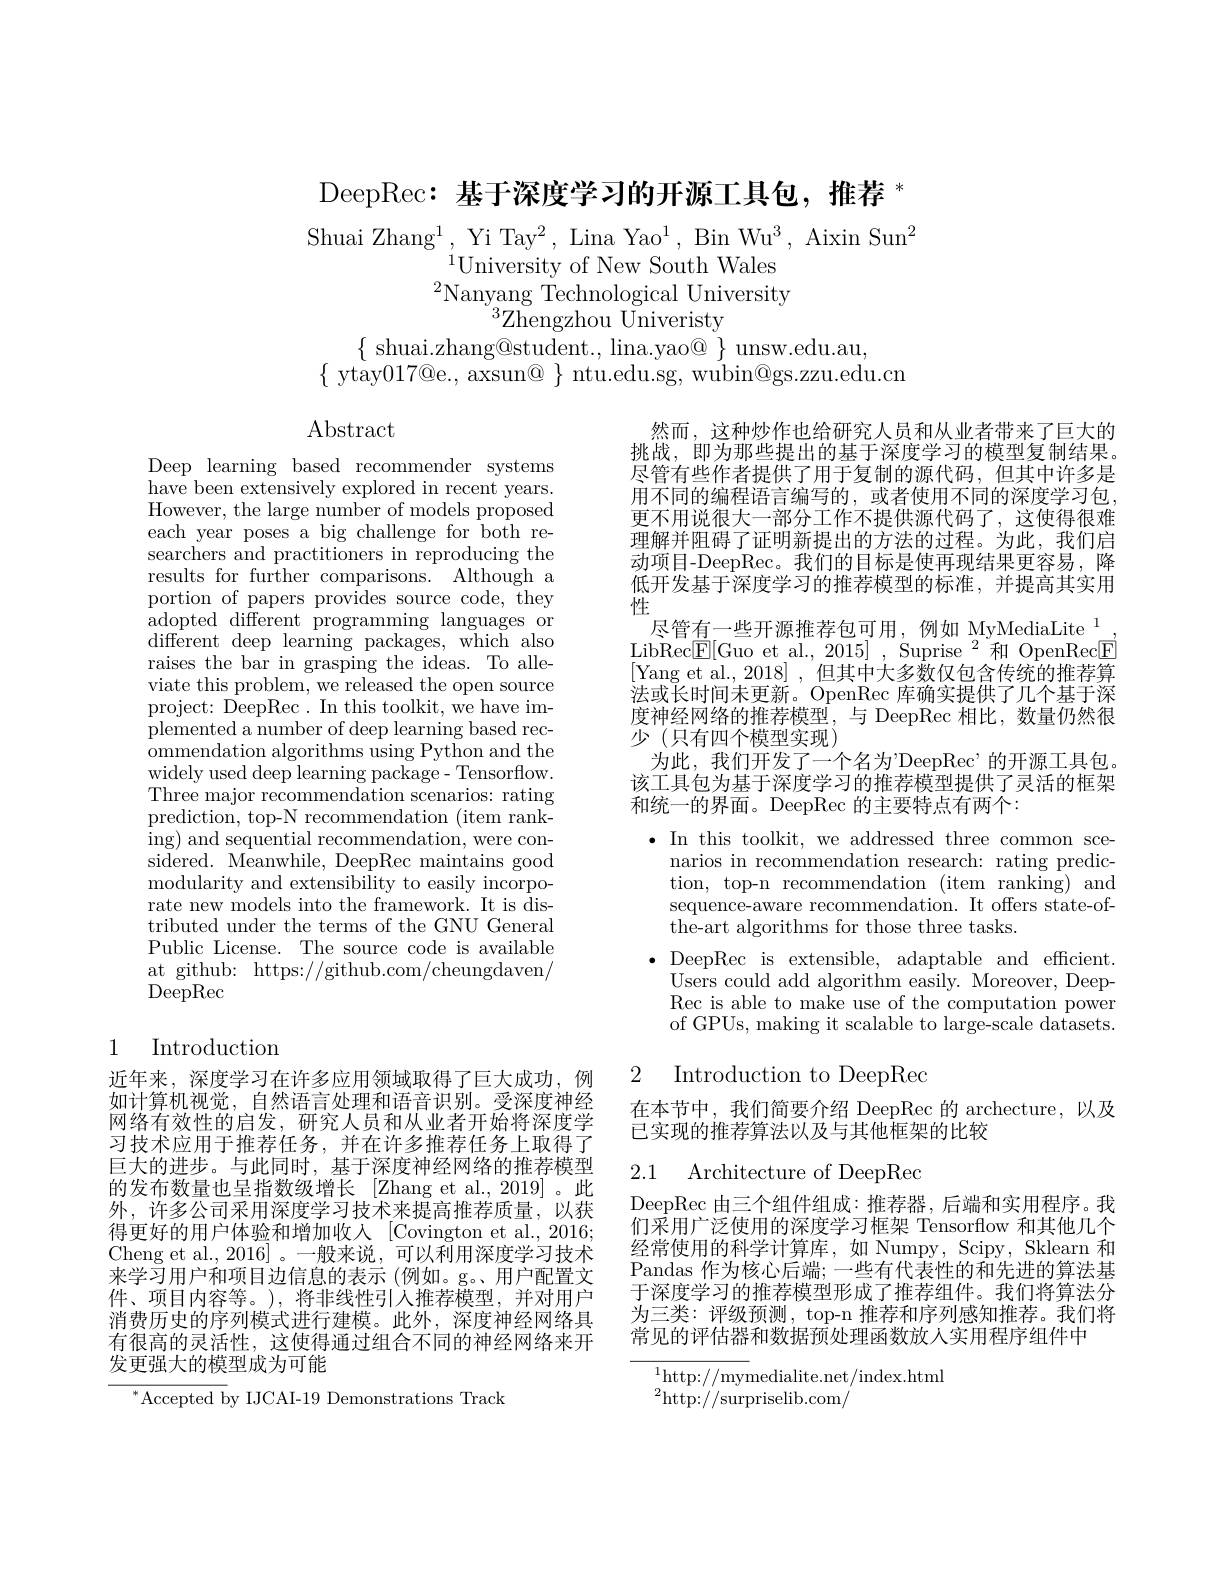
DeepRec: 基于深度学习的开源工具包，推荐$^*$

Shuai Zhang$^1$, Yi Tay$^2$, Lina Yao$^1$, Bin Wu$^3$, Aixin Sun$^2$
$^{\acute{1}}$University of New South Wales $^{2}\underset{2}{\operatorname*{\mathrm{Nanyang~Technological~University}}}$
${}^{3}{\mathrm{Zhengzhou~Univeristy}}$
$\{$ shuai.zhang@student., lina.yao@ $\}$ unsw.edu.au,
$\{$ ytay$017@$e., axsun@ $\}$ ntu.edu.sg, wubin@gs.zzu.edu.cn

Abstract

Deep learning based recommender systems have been extensively explored in recent years. However, the large number of models proposed each year poses a big challenge for both researchers and practitioners in reproducing the results for further comparisons. Although a portion of papers provides source code, they ${\mathrm{adopted~different~programming~languages~or}}$ $\bar{\mathrm{different~deep~learning~packages,~which~also}}$ raises the bar in grasping the ideas. To alleviate this problem, we released the open source project: DeepRec. In this toolkit, we have implemented a number of deep learning based recommendation algorithms using Python and the widely used deep learning package- Tensorflow. Three major recommendation scenarios: rating prediction, top-N recommendation (item ranking) and sequential recommendation, were con- ${\mathrm{sidered.~Meanwhile,~DeepRec~maintains~good}}$ modularity and extensibility to easily incorporate new models into the framework. It is distributed under the terms of the GNU General Public License. The source code is available at github: https://github.com/cheungdaven/ $\operatorname{DeepRec}$

# 1 Introduction

近年来，深度学习在许多应用领域取得了巨大成功，例如计算机视觉，自然语言处理和语音识别。受深度神经网络有效性的启发，研究人员和从业者开始将深度学习技术应用于推荐任务，并在许多推荐任务上取得了巨大的进步。与此同时，基于深度神经网络的推荐模型的发布数量也呈指数级增长 [Zhang et al., 2019] 。此外，许多公司采用深度学习技术来提高推荐质量，以获得更好的用户体验和增加收入[Covington et al., 2016; Cheng et al., 2016]。一般来说，可以利用深度学习技术来学习用户和项目边信息的表示(例如。g。,用户配置文件、项目内容等。),将非线性引人推荐模型，并对用户消费历史的序列模式进行建模。此外，深度神经网络具有很高的灵活性，这使得通过组合不同的神经网络来开发更强大的模型成为可能

$^{*}$Accepted by IJCAI-19 Demonstrations Track

然而，这种炒作也给研究人员和从业者带来了巨大的挑战，即为那些提出的基于深度学习的模型复制结果。尽管有些作者提供了用于复制的源代码，但其中许多是用不同的编程语言编写的，或者使用不同的深度学习包更不用说很大一部分工作不提供源代码了，这使得很难理解并阻碍了证明新提出的方法的过程。为此，我们启动项目-DeepRec。我们的目标是使再现结果更容易，降低开发基于深度学习的推荐模型的标准，并提高其实用性
尽管有一些开源推荐包可用，例如 MyMediaLite$^{1}$ LibRec$\boxed{\mathrm{E}}[$Guo et al., 2015], Suprise$^2$和 OpenRec$\boxed{\mathrm{E}}$ [Yang et al., 2018], 但其中大多数仅包含传统的推荐算法或长时间未更新。OpenRec 库确实提供了几个基于深度神经网络的推荐模型，与 DeepRec 相比，数量仍然很少(只有四个模型实现)
为此，我们开发了一个名为"DeepRec’的开源工具包。该工具包为基于深度学习的推荐模型提供了灵活的框架和统一的界面。DeepRec 的主要特点有两个：
$\bullet$ In this toolkit, we addressed three common sce-
narios in recommendation research: rating prediction, top-n recommendation (item ranking) and sequence-aware recommendation. It offers state-ofthe-art algorithms for those three tasks.
$\bullet$DeepRec is extensible, adaptable and efficient $\dot{\text{Users could add algorithm easily. Moreover, Deep-}}$ Rec is able to make use of the computation power of GPUs, making it scalable to large-scale datasets.
2
Introduction to DeepRec

在本节中，我们简要介绍 DeepRec 的 archecture,以及
已实现的推荐算法以及与其他框架的比较

2.1 Architecture of DeepRec

DeepRec 由三个组件组成：推荐器，后端和实用程序。我们采用广泛使用的深度学习框架 Tensorflow 和其他几个经常使用的科学计算库，如 Numpy, Scipy, Sklearn 和Pandas 作为核心后端；一些有代表性的和先进的算法基于深度学习的推荐模型形成了推荐组件。我们将算法分为三类：评级预测，top-n 推荐和序列感知推荐。我们将常见的评估器和数据预处理函数放人实用程序组件中

${}_{\mathrm{o}}^{1}$http://mymedialite.net/index.html
${}^{2}$http://surpriselib.com/